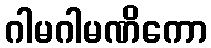
ဂါမဂါမဏိကော